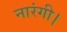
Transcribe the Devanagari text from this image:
नारंगी।